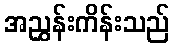
အညွှန်းကိန်းသည်